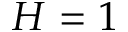
H = 1